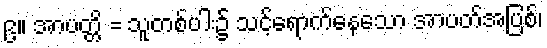
၉။ အာပတ္တိ = သူတစ်ပါး၌ သင့်ရောက်နေသော အာပတ်အပြစ်၊